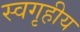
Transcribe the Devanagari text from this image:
स्वगृहीय